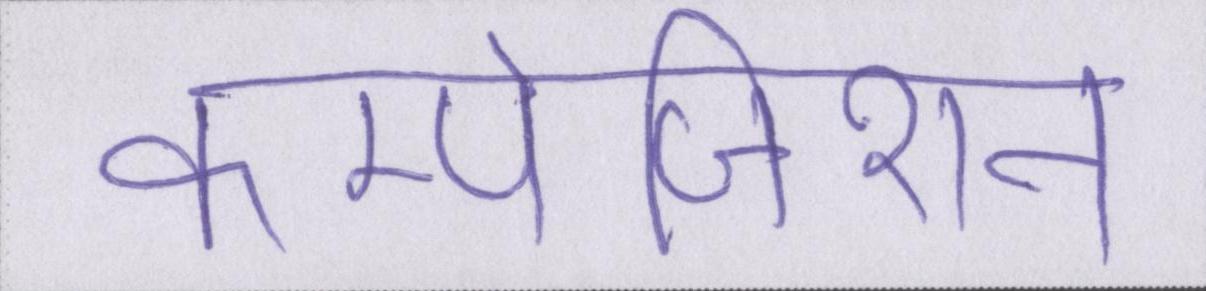
कम्पोजिशन